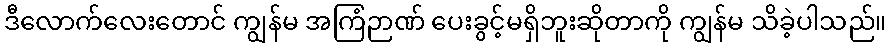
ဒီလောက်လေးတောင် ကျွန်မ အကြံဉာဏ် ပေးခွင့်မရှိဘူးဆိုတာကို ကျွန်မ သိခဲ့ပါသည်။